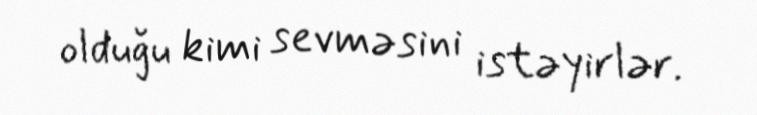
olduğu kimi sevməsini istəyirlər.